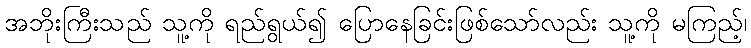
အဘိုးကြီးသည် သူ့ကို ရည်ရွယ်၍ ပြောနေခြင်းဖြစ်သော်လည်း သူ့ကို မကြည့်၊